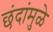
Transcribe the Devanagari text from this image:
छंदांमुळे